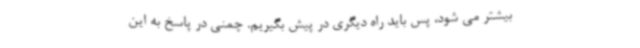
بیشتر می شود، پس باید راه دیگری در پیش بگیریم. چمنی در پاسخ به این